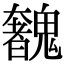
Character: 𩴟